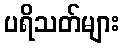
ပရိသတ်များ